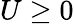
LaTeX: U\ge 0